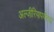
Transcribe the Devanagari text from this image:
अल्जीरियापर्यंतचा